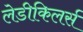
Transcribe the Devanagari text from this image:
लेडीकिलर्स